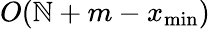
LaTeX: O(\mathbb{N}+m-x_{\operatorname*{min}})